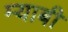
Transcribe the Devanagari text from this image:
म्याबी